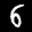
Label: 6